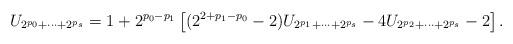
LaTeX: \begin{align*}U_{2^{p_0}+\cdots+2^{p_s}}=1+2^{p_0-p_1}\left[(2^{2+p_1-p_0}-2)U_{2^{p_1}+\cdots+2^{p_s}}-4U_{2^{p_2}+\cdots+2^{p_s}}-2\right].\end{align*}